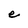
Character: e